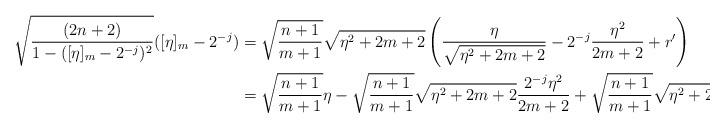
LaTeX: \begin{align*}\sqrt{\frac{(2n+2)}{1-([\eta]_{m}-2^{-j})^2}}([\eta]_{m}-2^{-j}) &=\sqrt{\frac{n+1}{m+1}}\sqrt{\eta^2+2m+2}\left(\frac{\eta}{\sqrt{\eta^2+2m+2}}-2^{-j}\frac{\eta^2}{2m+2}+r'\right)\\&=\sqrt{\frac{n+1}{m+1}}\eta-\sqrt{\frac{n+1}{m+1}}\sqrt{\eta^2+2m+2}\frac{2^{-j}\eta^2}{2m+2}+\sqrt{\frac{n+1}{m+1}}\sqrt{\eta^2+2m+2}r'.\end{align*}